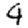
Digit: 4